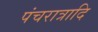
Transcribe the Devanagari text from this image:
पंचरात्रादि